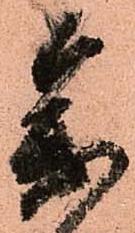
參